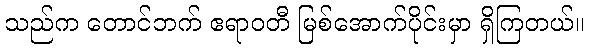
သည်က တောင်ဘက် ဧရာဝတီ မြစ်အောက်ပိုင်းမှာ ရှိကြတယ်။